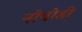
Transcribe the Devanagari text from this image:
नोबोडी